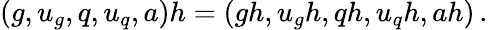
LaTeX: \begin{array}{r}{(g,u_{g},q,u_{q},a)h=(gh,u_{g}h,qh,u_{q}h,ah)\, .}\end{array}